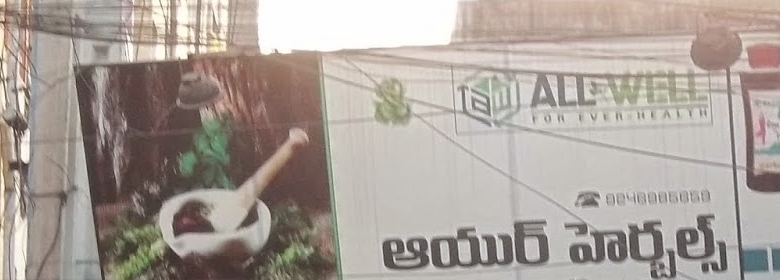
Language: telugu
Transcription: హెర్బల్స్